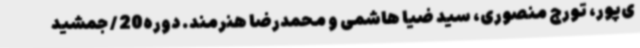
ی‌پور، تورج منصوری، سید ضیا هاشمی و محمدرضا هنرمند. دوره20 / جمشید